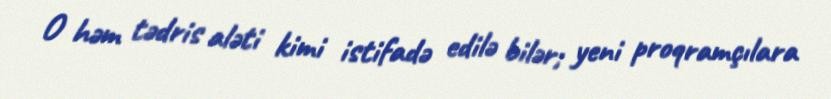
O həm tədris aləti kimi istifadə edilə bilər; yeni proqramçılara